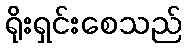
ရိုးရှင်းစေသည်